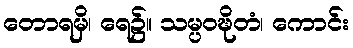
တောရမှိ၊ ရေ၌။ သမ္ပဝဍ္ဎိတံ၊ ကောင်း